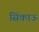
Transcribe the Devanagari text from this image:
सिंकाऊ